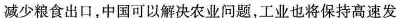
减少粮食出口，中国可以解决农业问题，工业也将保持高速发